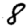
Digit: 8